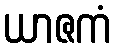
ယာဇကံ